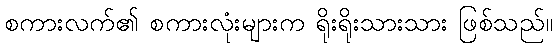
စကားလက်၏ စကားလုံးများက ရိုးရိုးသားသား ဖြစ်သည်။